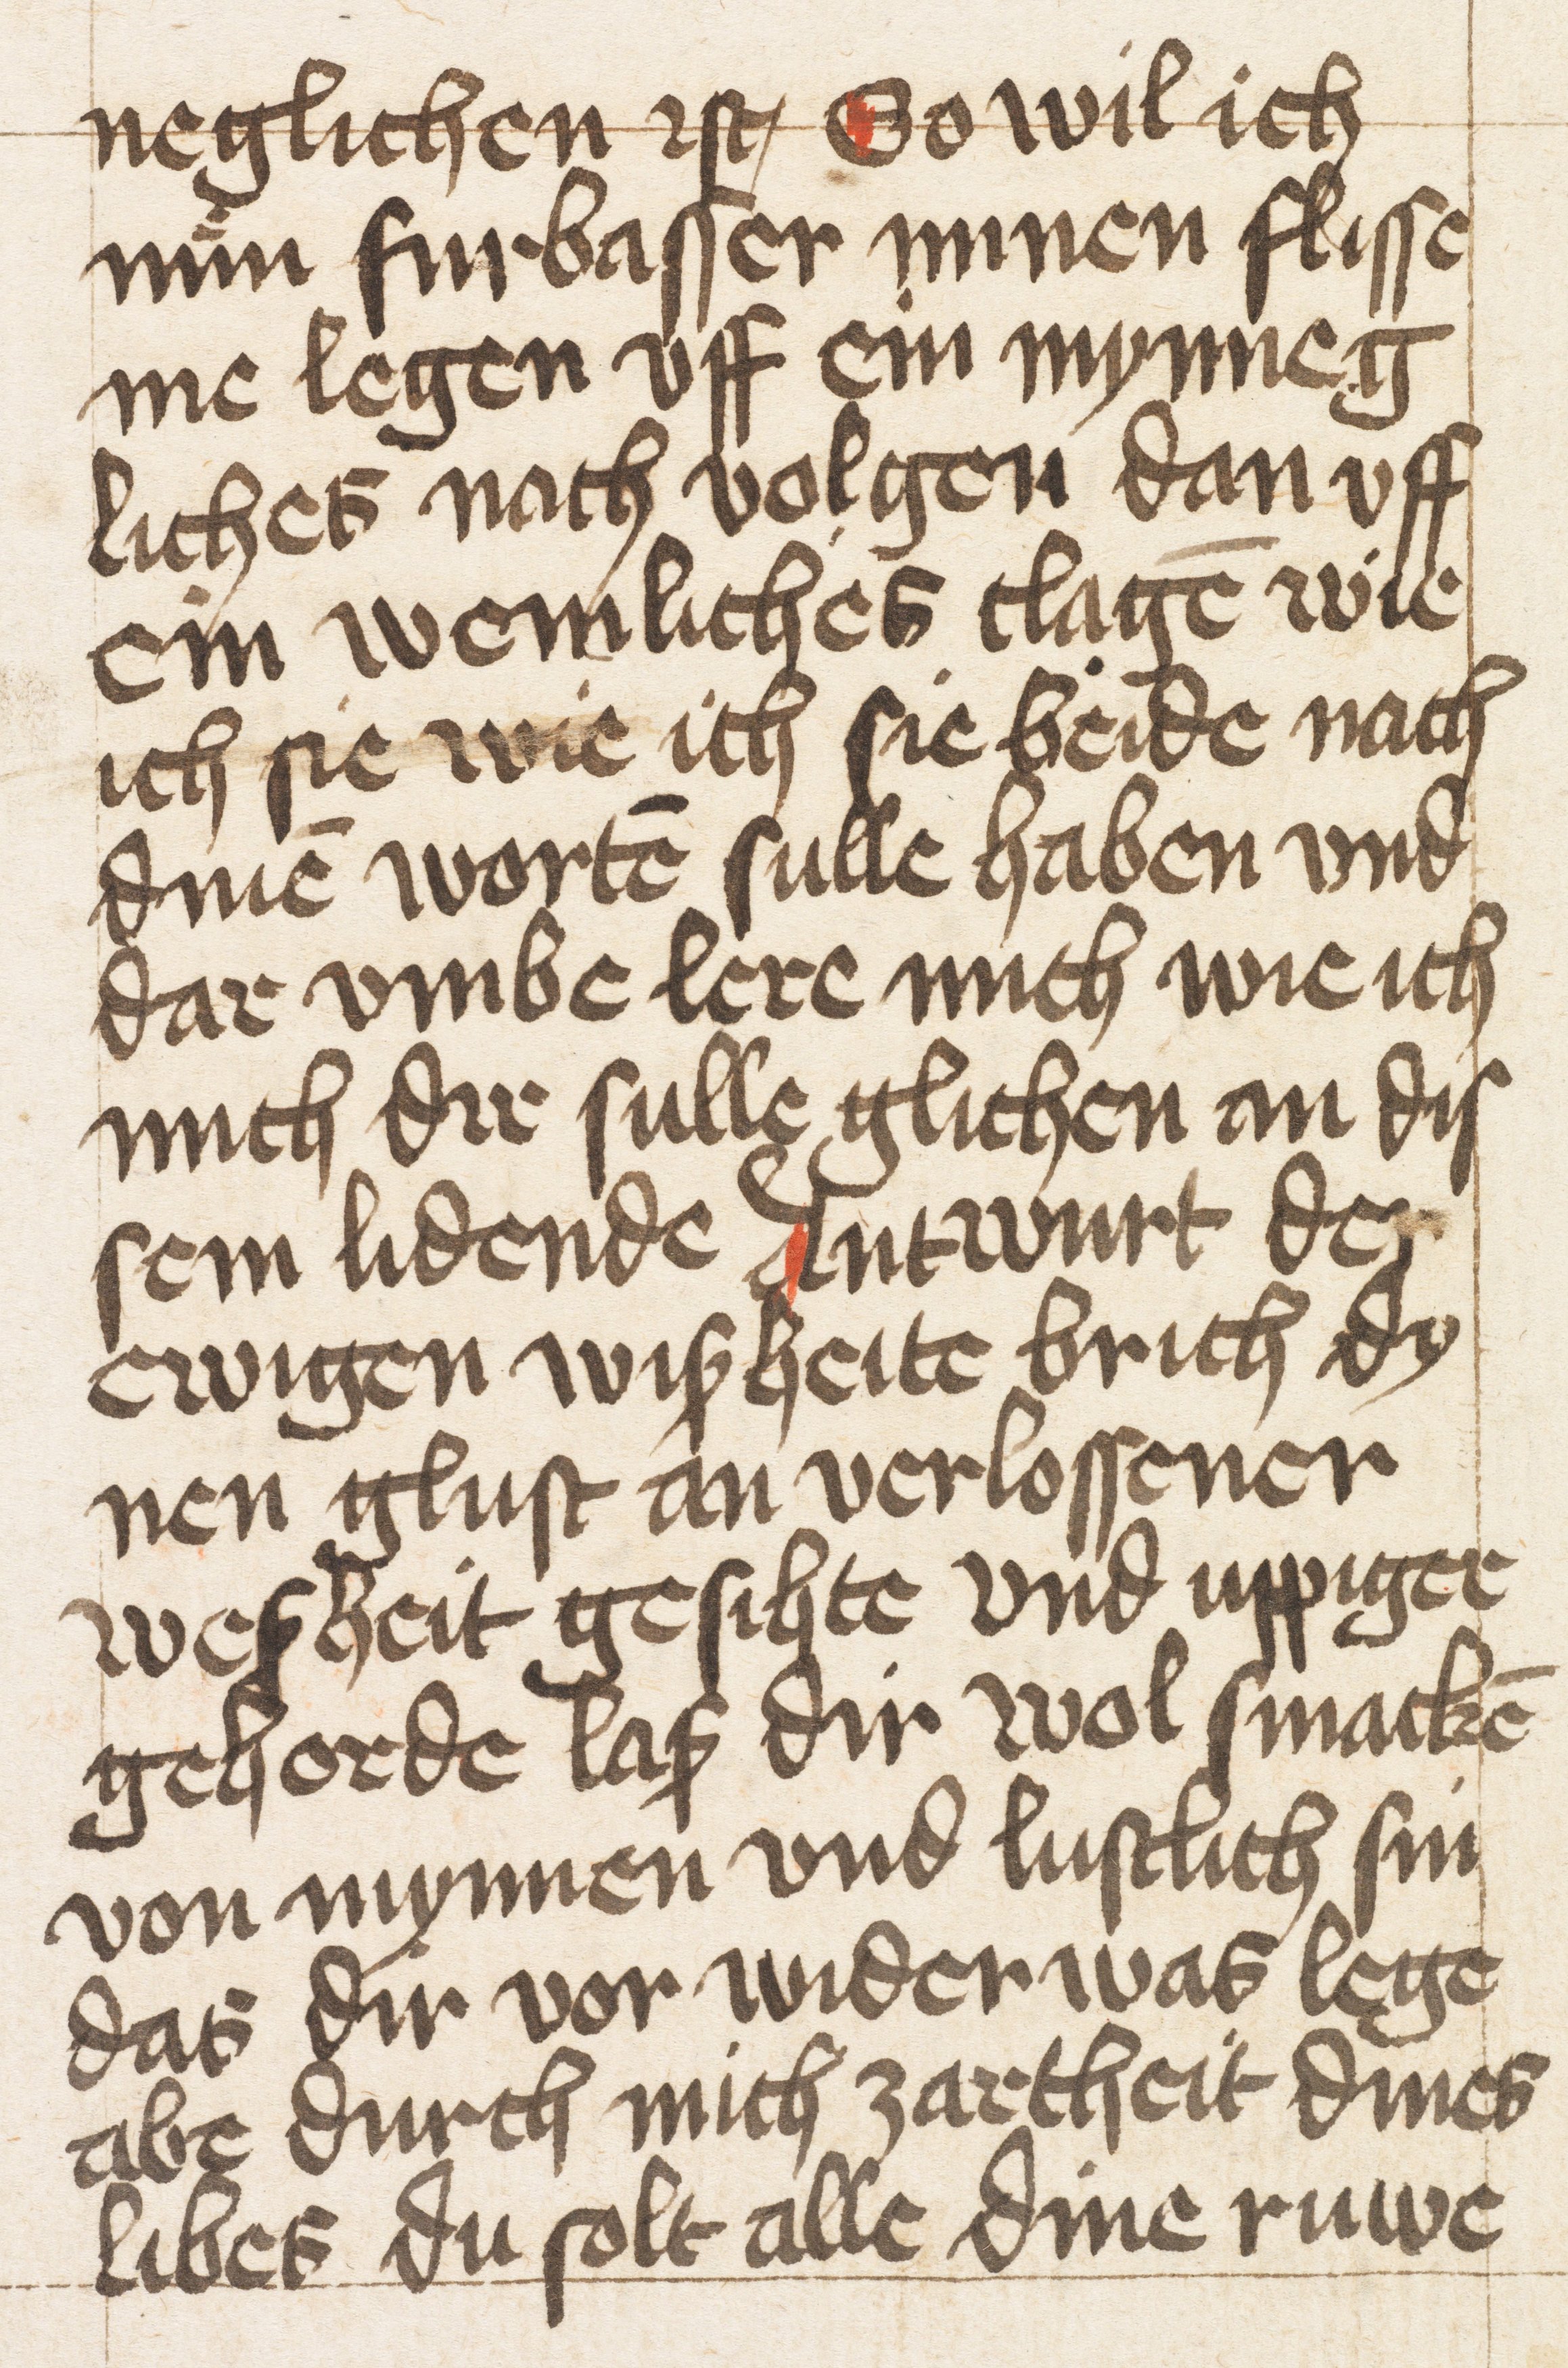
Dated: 1400–1499